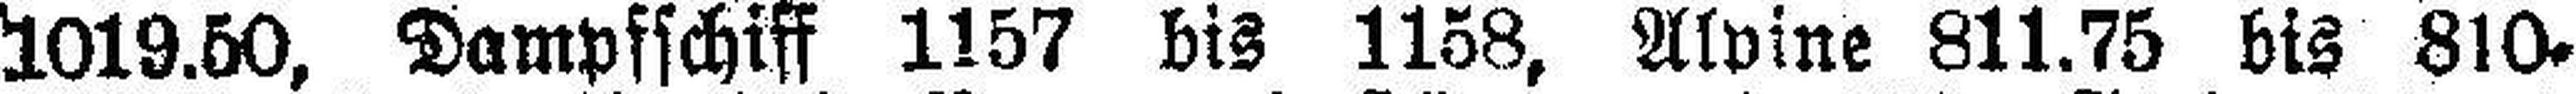
1019.50, Dampfschiff 1157 bis 1158, Alvine 811.75 bis 810.